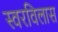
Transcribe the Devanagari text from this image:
स्वरविलास